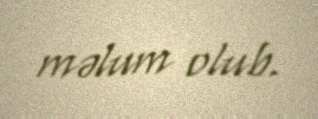
məlum olub.